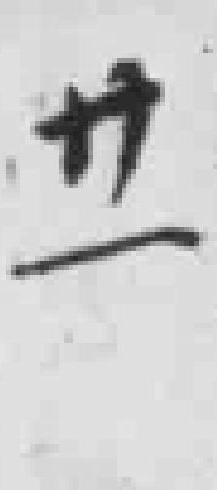
廿ー